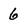
Character: 6